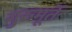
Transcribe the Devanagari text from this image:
गुरुमूर्तेः